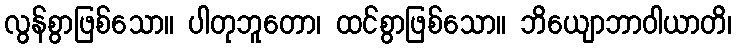
လွန်စွာဖြစ်သော။ ပါတုဘူတော၊ ထင်စွာဖြစ်သော။ ဘိယျောဘာဝါယာတိ၊